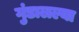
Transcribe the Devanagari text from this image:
गुंडालल्या